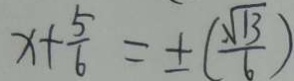
x + \frac { 5 } { 6 } = \pm ( \frac { \sqrt { 1 3 } } { 6 } )